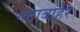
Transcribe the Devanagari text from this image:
गटाबाहेर